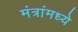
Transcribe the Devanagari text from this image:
मंत्रांमध्ये